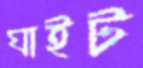
ঘাইট